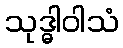
သုဒ္ဓါဝါသံ